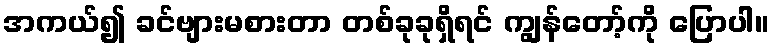
အကယ်၍ ခင်ဗျားမစားတာ တစ်ခုခုရှိရင် ကျွန်တော့်ကို ပြောပါ။